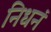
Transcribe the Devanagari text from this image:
निधनं